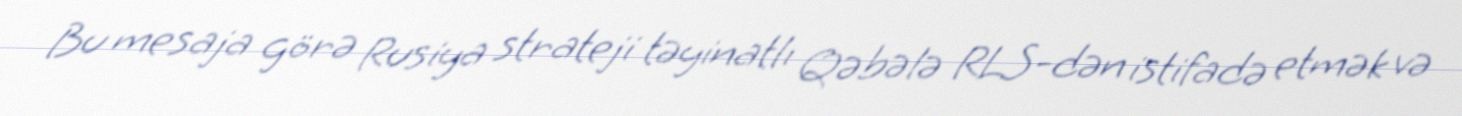
Bu mesaja görə Rusiya strateji təyinatlı Qəbələ RLS-dən istifadə etmək və